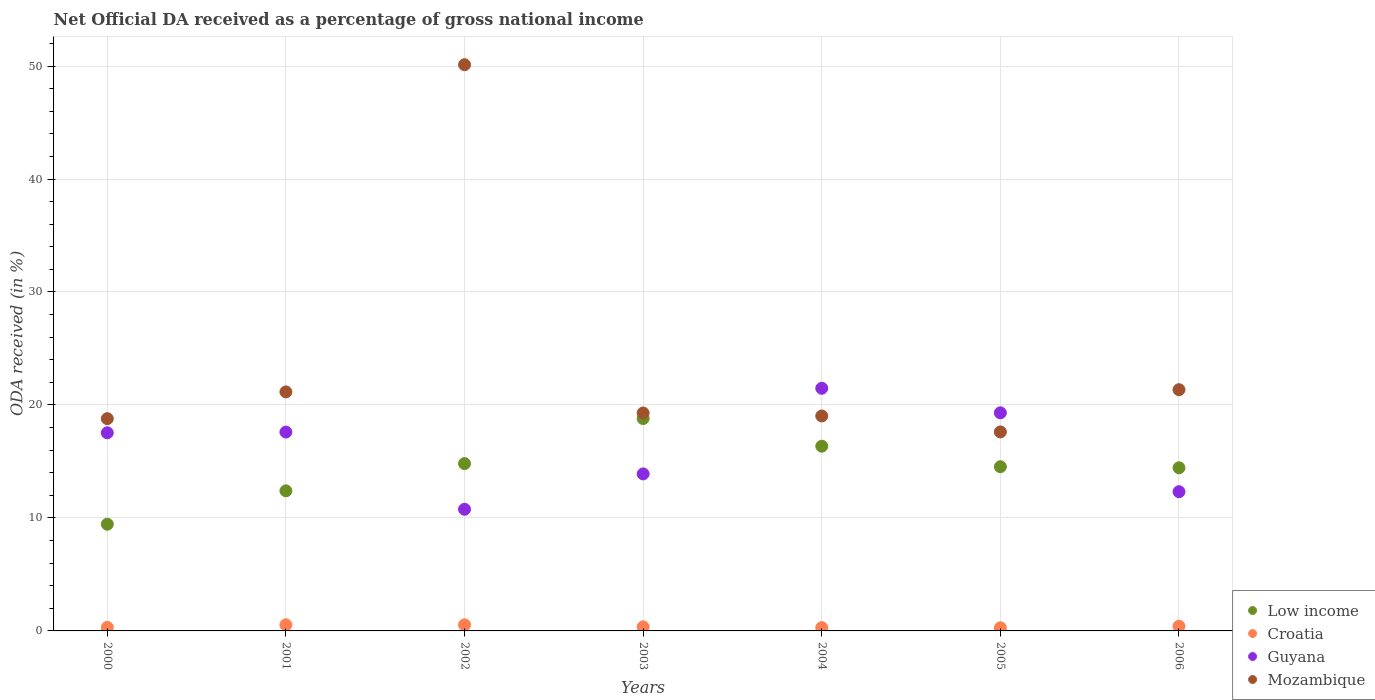
| Years | Low income | Croatia | Guyana | Mozambique |
 | --- | --- | --- | --- | --- |
 | 2000 | 9.45 | 0.307 | 17.5 | 18.8 |
 | 2001 | 12.4 | 0.541 | 17.6 | 21.2 |
 | 2002 | 14.8 | 0.539 | 10.8 | 50.1 |
 | 2003 | 18.8 | 0.36 | 13.9 | 19.3 |
 | 2004 | 16.3 | 0.292 | 21.5 | 19 |
 | 2005 | 14.5 | 0.278 | 19.3 | 17.6 |
 | 2006 | 14.4 | 0.414 | 12.3 | 21.4 |